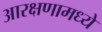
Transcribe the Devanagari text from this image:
आरक्षणामध्ये